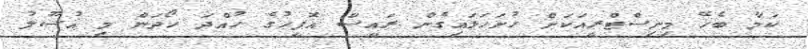
ކަމާ ބެހޭ މިނިސްޓްރީއަކަށް ހުށަހަޅައިގެން ރައީސް އޮފީހުގެ ހުއްދަ ހޯދަން މި އުސޫލު